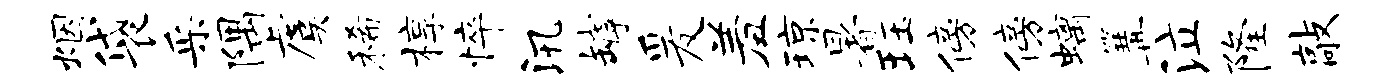
烟袋采隅虞稀椁悴汛罅爰羞琼暑珏傍傍螭篝泣隆敲